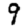
Digit: 9